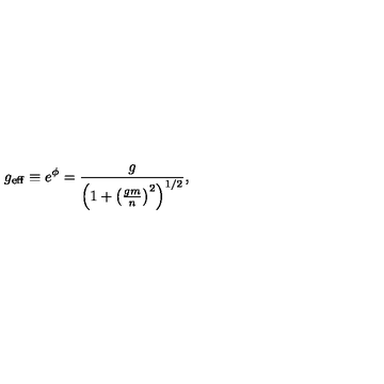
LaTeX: g _ { \mathrm { e f f } } \equiv e ^ { \phi } = \frac { g } { \left( 1 + \left( \frac { g m } { n } \right) ^ { 2 } \right) ^ { 1 / 2 } } ,